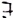
Text: 7